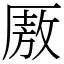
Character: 厫